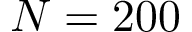
N = 2 0 0